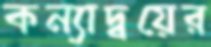
কন্যাদ্বয়ের